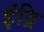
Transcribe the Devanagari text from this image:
इंद्रि